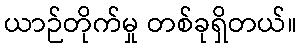
ယာဉ်တိုက်မှု တစ်ခုရှိတယ်။